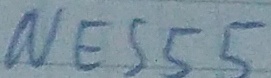
Text: NE555